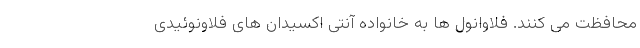
محافظت می کنند. فلاوانول ها به خانواده آنتی اکسیدان های فلاونوئیدی